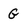
Character: G